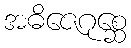
အဓိဇေဂုစ္ဆေ